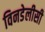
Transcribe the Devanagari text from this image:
विनडेलीसी